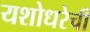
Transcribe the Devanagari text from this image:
यशोधरेची